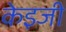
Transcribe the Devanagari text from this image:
केइजी